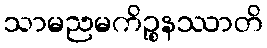
သာမညမကိဉ္စနဿာတိ